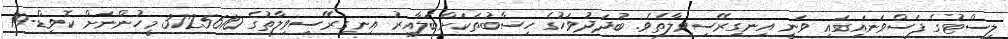
ލިސްޓުގެ ފަސްވަނައިގައި ވަނީ އިނގިރޭސިވިލާތެވެ. ބުދަދުވަހުގެ ހިސާބުތަކަށްބަލާއިރު އިނގިރޭސިވިލާތުގެ 3725610 މީހުންނަށް ކޮވިޑް-19